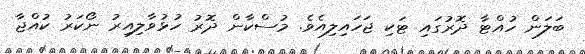
ބަލަން ހުއްޓާ ދޮރުގައި ޓަކި ޖަހައިލިއެވެ. މުސްކާން ދޮރު ހުޅުވާލިއިރު ނޯކަރު ކުއްޖާ